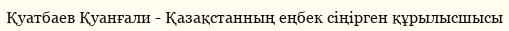
Қуатбаев Қуанғали - Қазақстанның еңбек сіңірген құрылысшысы